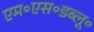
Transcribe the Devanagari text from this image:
एम॰एस॰डब्लू॰